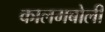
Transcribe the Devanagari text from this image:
कालमबोली